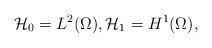
LaTeX: \begin{align*} \mathcal H_0= L^2(\Omega), \mathcal H_1 = H^1(\Omega), \end{align*}